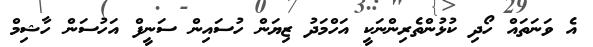
އެ ވަނަތައް ހޯދި ކުޅުންތެރިންނަކީ އަހްމަދު ޒިޔަން ހުސައިން ސަނީފް އަހުސަން ހާޝިމް